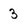
Character: 3